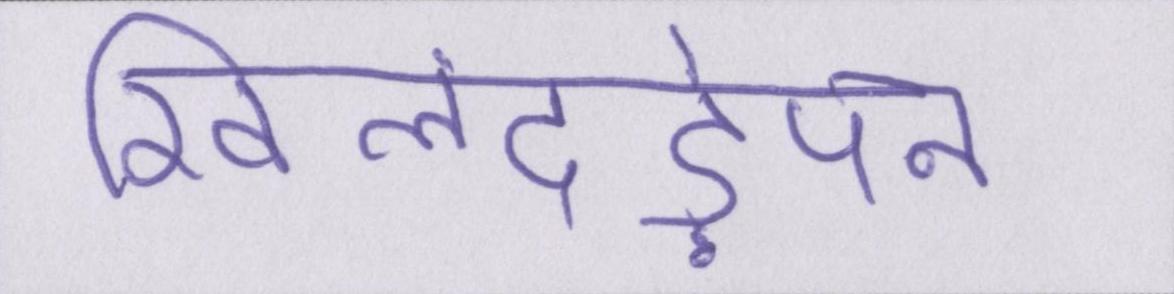
खिलंदड़ेपन